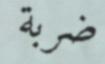
ضربة